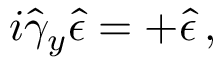
i \hat { \gamma } _ { y } \hat { \epsilon } = + \hat { \epsilon } \, ,